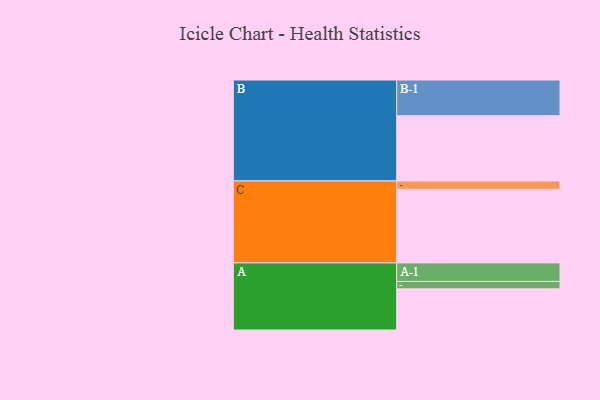
{"axis": {"x": "Segment", "y": "Value"}, "legend": ["", "A", "B", "C"], "data": [{"x": "A", "y": 311, "type": ""}, {"x": "B", "y": 493, "type": ""}, {"x": "C", "y": 556, "type": ""}, {"x": "A-1", "y": 140, "type": "A"}, {"x": "A-2", "y": 56, "type": "A"}, {"x": "B-1", "y": 270, "type": "B"}, {"x": "C-1", "y": 63, "type": "C"}]}